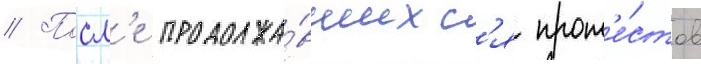
// Посл'е продолжа́вшихс'я прот'е́стов